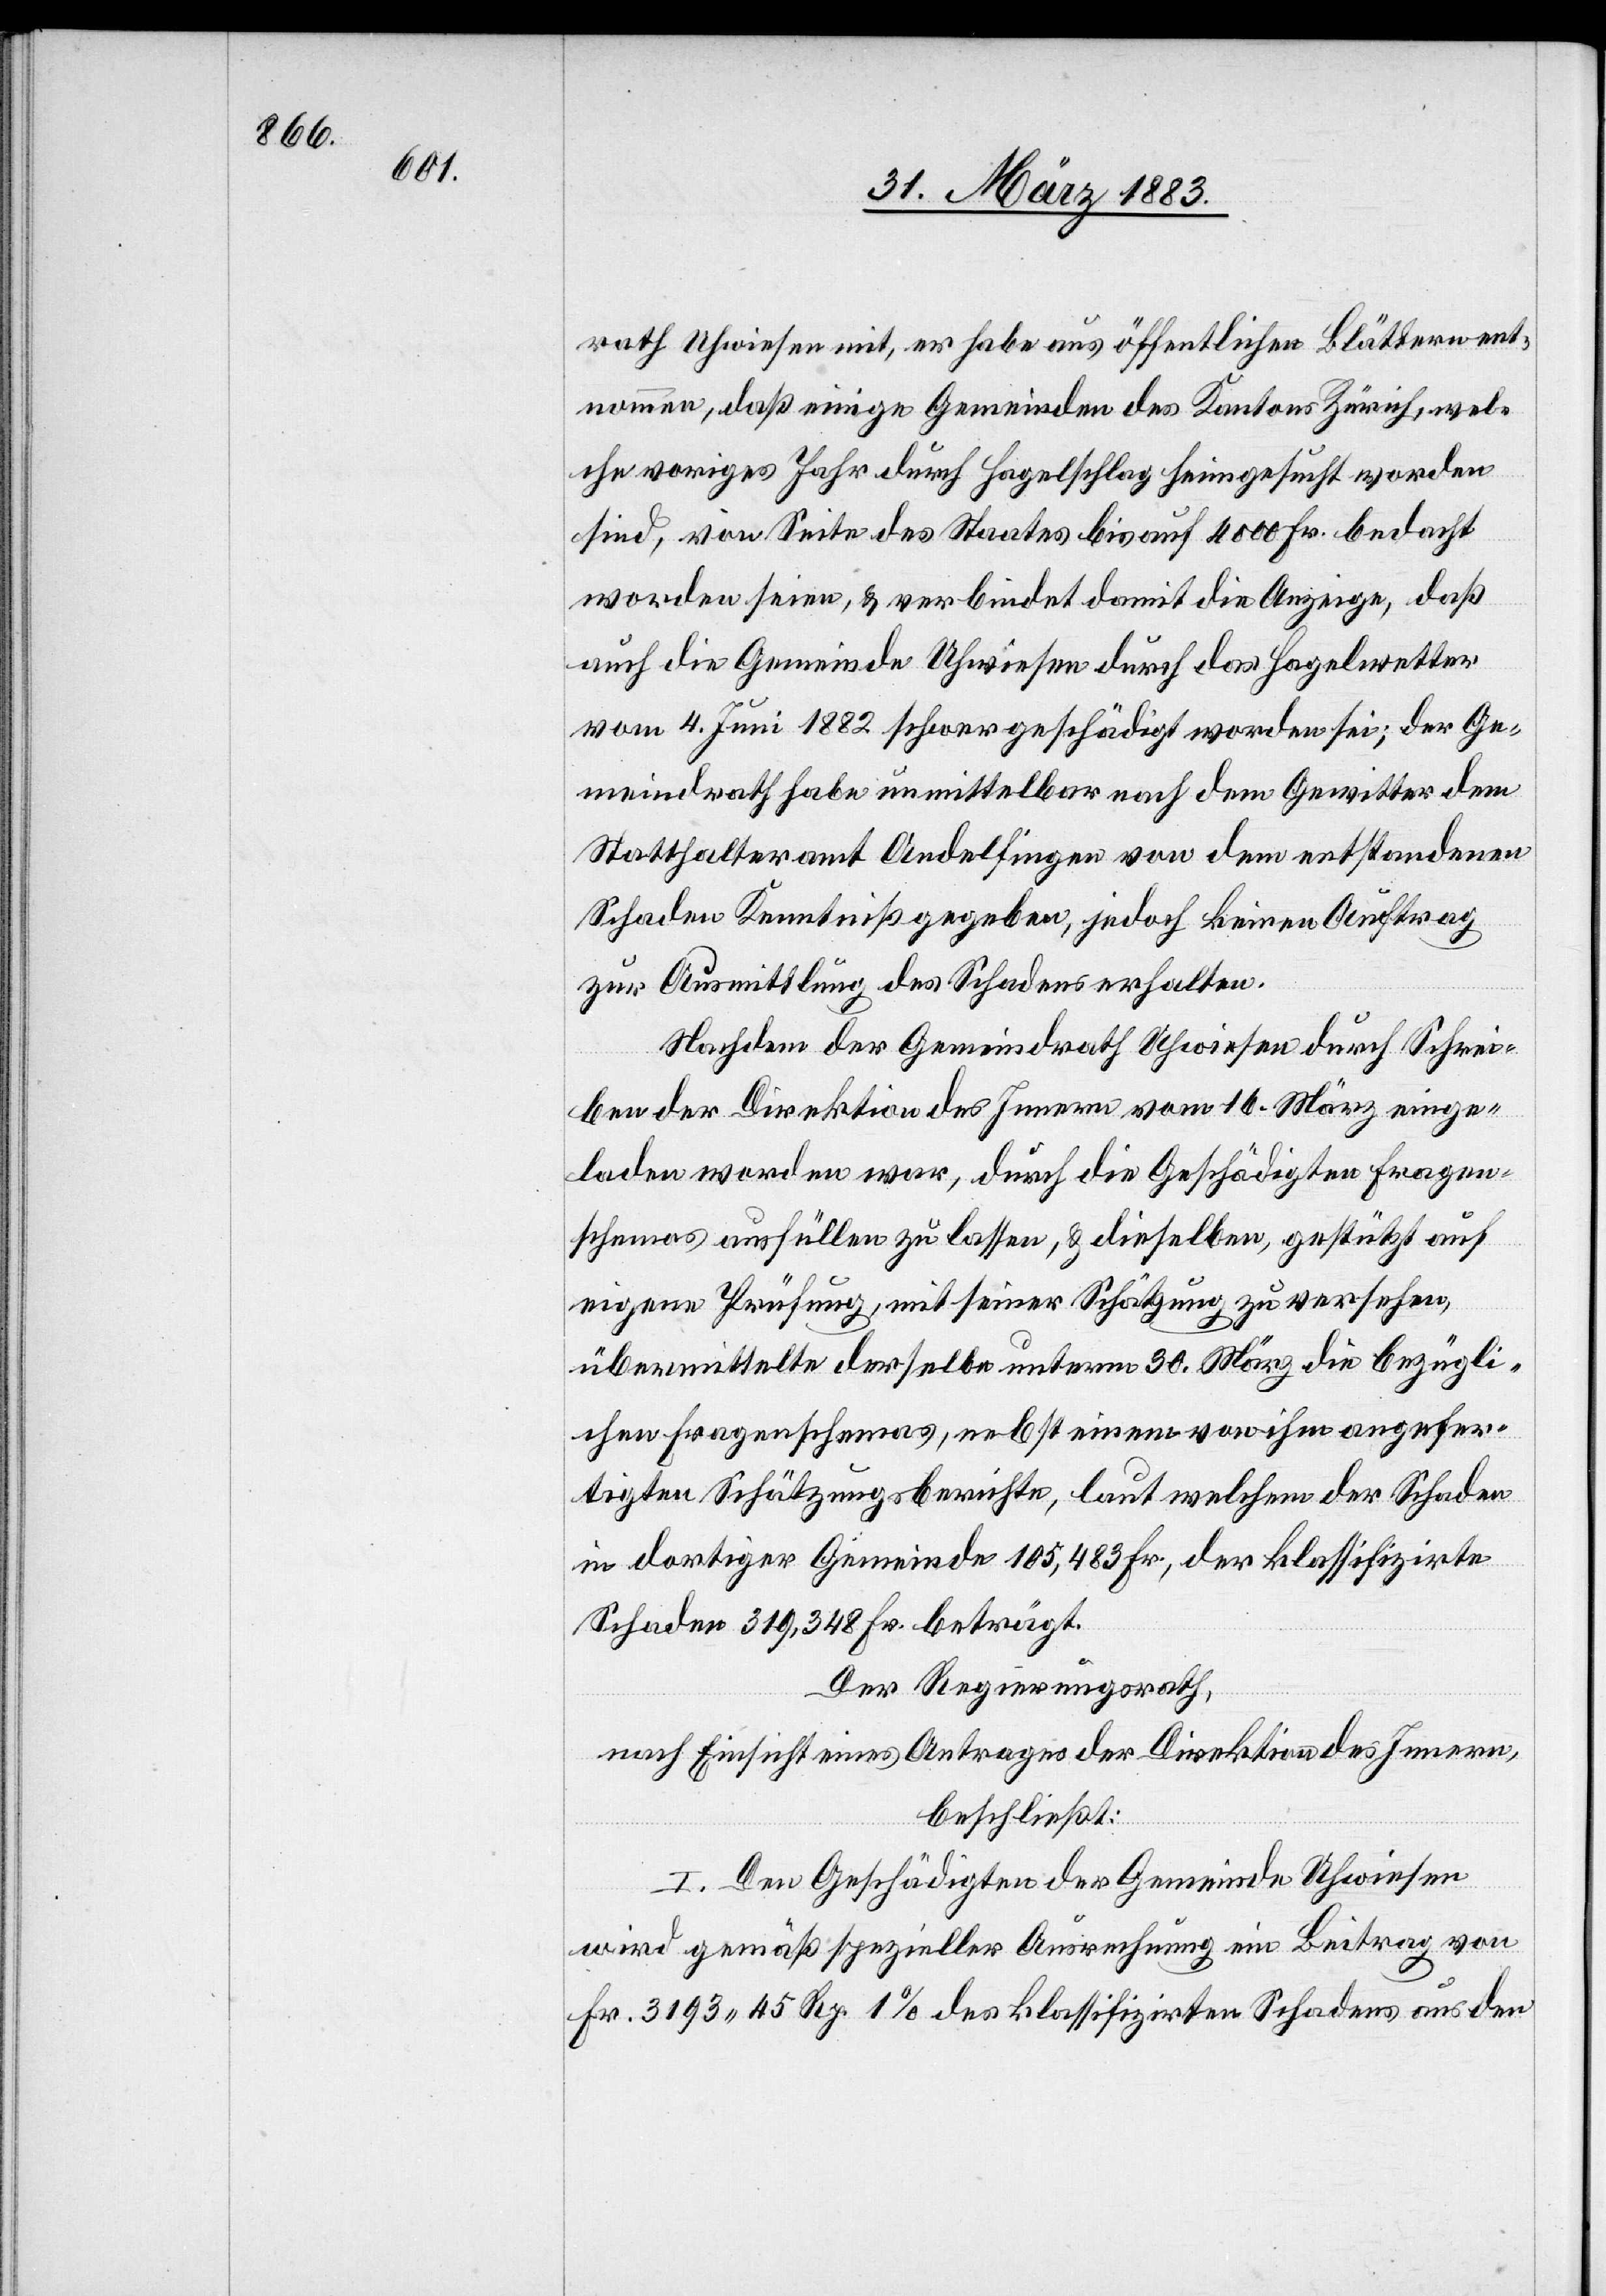
rath Uhwiesen mit, er habe aus öffentlichen Blättern ent¬
nommen, daß einige Gemeinden des Kantons Zürich, wel¬
che voriges Jahr durch Hagelschlag heimgesucht worden
sind, von Seite des Staates bis auf 4000 Fr. bedacht
worden seien, & verbindet damit die Anzeige, daß
auch die Gemeinde Uhwiesen durch das Hagelwetter
vom 4. Juni 1882 schwer geschädigt worden sei; der Ge¬
meindrath habe unmittelbar nach dem Gewitter dem
Statthalteramt Andelfingen von dem entstandenen
Schaden Kenntniß gegeben, jedoch keinen Auftrag
zur Ausmittlung des Schadens erhalten.
Nachdem der Gemeindrath Uhwiesen durch Schrei¬
ben der Direktion des Innern vom 16. März einge¬
laden worden war, durch die Geschädigten Fragen¬
schemas ausfüllen zu lassen, & dieselben, gestützt auf
eigene Prüfung mit seiner Schätzung zu versehen,
übermittelte derselbe unterm 30. März die bezügli¬
chen Fragenschemas, nebst einem von ihm angefer¬
tigten Schätzungsberichte, laut welchem der Schaden
in dortiger Gemeinde 105,483 Fr., der klassifizirte
Schaden 319,348 Frk. beträgt.
Der Regierungsrath,
nach Einsicht eines Antrages der Direktion des Innern,
beschließt:
I. Den Geschädigten der Gemeinde Uhwiesen
wird gemäß spezieller Ausrechnung ein Beitrag von
Fr. 3193 45 Rp. 1% des klassifizirten Schadens aus den